Annual report of the Punjab Veterinary College and of the Civil Veterinary Department, Punjab - 1894-1908
Year: 1894
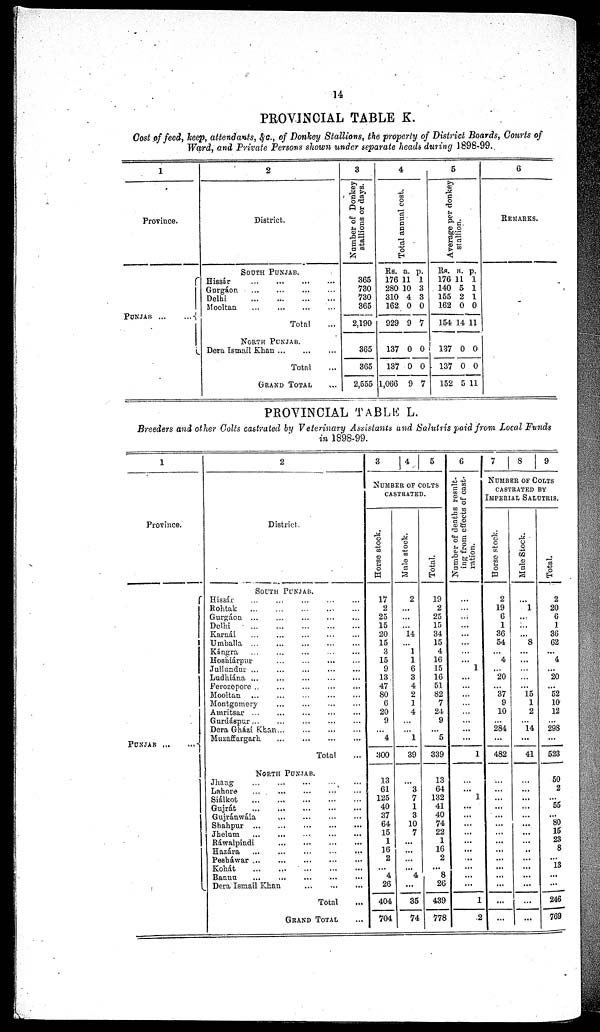
14
PROVINCIAL TABLE K.
Cost of feed, keep, attendants, &c., of Donkey Stallions, the property of District Boards, Courts of
Ward, and Private Persons shown under separate heads during 1898-99.
1
Province.
PUNJAB
...
...
2
District.
SOUTH PUNJAB.
Hissár
...
...
...
...
Gurgáon ... ... ... ...
Delhi
...
...
...
...
...
Mooltan ... ... ... ...
Total ...
NORTH PUNJAB.
Dera Ismail Khan
...
...
...
Total ...
GRAND TOTAL ...
3
Number of Donkey
stallions or days.
365
730
730
365
2,190
365
365
2,555
4
Tot al annual cost .
Rs.
176
280
310
162
929
137
137
1,066
a.
11
10
4
0
9
0
0
9
p.
1
3
3
0
7
0
0
7
5
Average per donkey
stallion.
Rs.
176
140
155
162
154
137
137
152
a.
11
5
2
0
14
0
0
5
p.
1
1
1
0
11
0
0
11
6
REMARKS.
PROVINCIAL TABLB L.
Breeders and other Colts castrated by Veterinary Assistants and Salutrís paid from Local Funds
in 1898-99.
1
Province.
PUNJAB
...
...
2
District.
SOUTH PUNJAB.
Hissár
...
...
...
...
Rohtak
...
...
...
...
...
Gurgáon ... ... ... ... ...
Delhi
...
...
...
...
...
Karnál
...
...
...
...
...
Umballa
...
...
...
...
...
Kángra
...
...
...
...
...
Hoshiárpur
...
...
...
...
Jullundur ... ... ... ... ... ...
Ludhiána
...
...
...
...
...
Ferozepore ... ... ... ... ... ...
Mooltan
...
...
...
...
Montgomery
...
...
...
...
Amritsar
...
...
...
...
...
Gurdáspur
...
...
...
...
...
Dera Gházi Khan ... ... ... ... ...
Muzaffargarh
...
...
...
...
Total ...
NORTH PUNJAB.
Jhang
...
...
...
...
...
Lahore ... ... ... ... ... ...
Siálkot
...
...
...
...
...
Gujrát
...
...
...
...
...
Gujránwála ... ... ... ...
Shahpur ...
...
...
...
...
Jhelum
...
...
...
...
...
...
Rawalpindi
...
...
...
...
...
Hazára ... ... ... ... ... ...
Pesháwar
...
...
...
...
...
Kohát
...
...
...
...
...
Bannu
...
...
...
...
...
Dera Ismail Khan
...
...
...
Total ...
GRAND TOTAL ...
3
4
5
NUMBER OF COLTS
CASTRATED.
Horse stock.
17
2
25
15
20
15
3
15
9
13
47
80
6
20
9
...
4
300
13
61
125
40
37
64
15
1
16
2
...
4
26
404
704
Mula stock.
2
...
...
...
14
...
1
1
6
3
4
2
1
4
...
1
39
...
3
7
1
3
10
7
...
...
...
...
4
...
35
74
Total.
19
2
25
15
34
15
4
16
15
16
51
82
7
24
9
...
5
339
13
64
132
41
40
74
22
1
16
2
...
8
26
439
778
6
Number of deaths result-
ing from effects of cast-
ration.
...
...
...
...
...
...
...
...
1
...
...
...
...
...
...
...
...
1
...
...
1
...
...
...
...
...
...
...
...
...
...
1
2
7
8
9
NUMBER OF COLTS
CASTRATED BY
IMPERIAL SALUTRIS.
Horse stock.
2
19
6
1
36
54
...
4
...
20
...
37
9
10
...
284
...
482
...
...
...
...
...
...
...
...
...
...
...
...
...
...
...
Mule Stock.
...
1
...
...
...
8
...
...
...
...
...
15
1
2
...
14
...
41
...
...
...
...
...
...
...
...
..
...
...
...
...
...
...
Total.
2
20
6
1
36
62
...
4
...
20
...
52
10
12
...
298
...
523
50
2
...
55
...
80
15
23
8
...
13
...
...
246
769